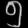
Digit: ၅